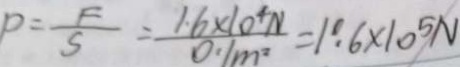
P = \frac { F } { S } = \frac { 1 . 6 \times 1 0 ^ { 4 } N } { 0 . 1 m ^ { 2 } } = 1 . 6 \times 1 0 ^ { 5 } N